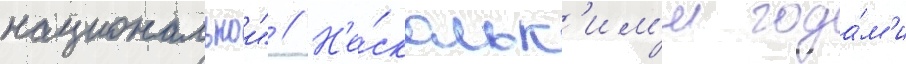
национальнои" // Н'е́скольк'им'и года́м'и